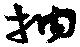
抽